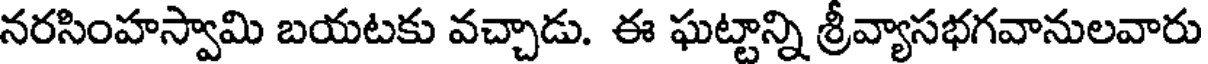
నరసింహస్వామి బయటకు వచ్చాడు. ఈ ఘట్టాన్ని శ్రీవ్యాసభగవానులవారు